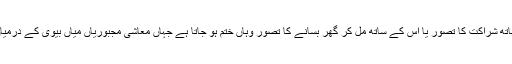
شریک حیات کے ساتھ شراکت کا تصور یا اس کے ساتھ مل کر گھر بسانے کا تصور وہاں ختم ہو جاتا ہے جہاں معاشی مجبوریاں میاں بیوی کے درمیان حائل ہو جاتی ہیں۔